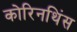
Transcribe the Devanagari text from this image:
कोरिनथिंस